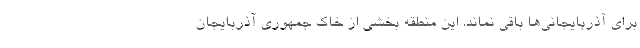
برای آذربایجانی‌ها باقی نماند. این منطقه بخشی از خاک جمهوری آذربایجان